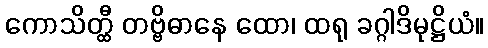
ကောသိတ္ထီ တဗ္ဗိဓာနေ ထော၊ ထရု ခဂ္ဂါဒိမုဋ္ဌိယံ။